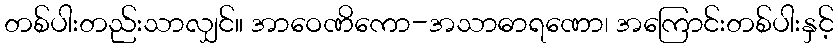
တစ်ပါးတည်းသာလျှင်။ အာဝေဏိကော-အသာဓာရဏော၊ အကြောင်းတစ်ပါးနှင့်